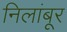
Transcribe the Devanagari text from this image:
निलांबूर